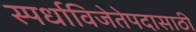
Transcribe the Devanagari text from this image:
स्पर्धाविजेतेपदासाठी